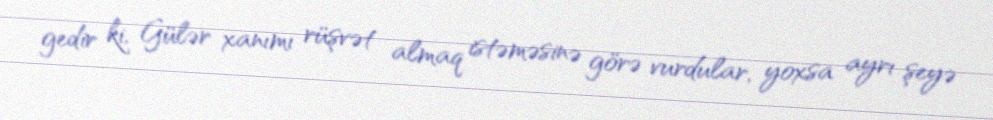
gedir ki, Gülər xanımı rüşvət almaq istəməsinə görə vurdular, yoxsa ayrı şeyə